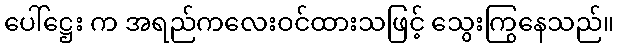
ပေါ်ဋ္ဌေး က အရည်ကလေးဝင်ထားသဖြင့် သွေးကြွနေသည်။